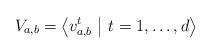
LaTeX: \begin{align*} V_{a,b} = \left< v_{a,b}^t \ \middle| \ t = 1, \dots, d \right> \end{align*}